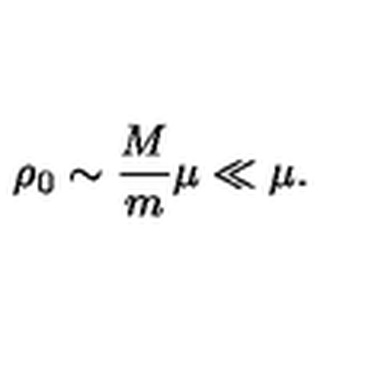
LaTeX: \rho _ { 0 } \sim { \frac { M } { m } } \mu \ll \mu .